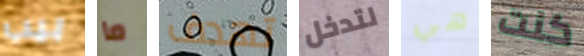
بيب ما تهدف لتدخل هي كنت